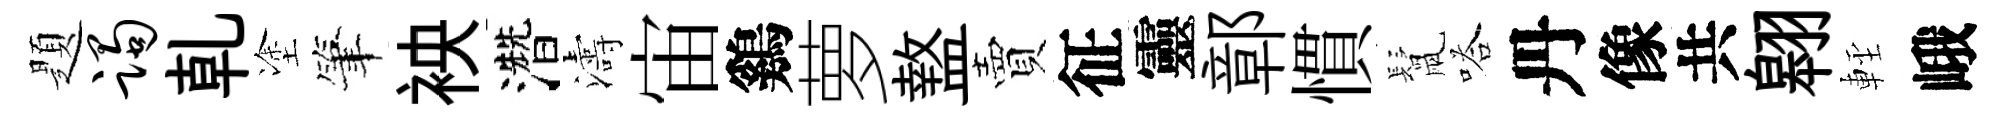
題躅乹塗筆䘧濳濤宙鷄萝盩賣征靈鄣慣鬛嗒丹像共翱䡖峨